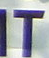
IT